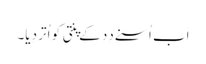
اَب اُسنے دِدِ کے پنتی کو اُتر دِیا۔